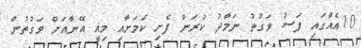
10އެއްގައި ފަސް ވަގުތު ނަމާދު ކުރަން ފެށި ކަމަށާއި މިއީ އޭނާއަށް ވަގުތުން